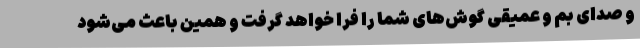
و صدای بم و عمیقی گوش‌های شما را فرا خواهد گرفت و همین باعث می‌شود